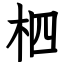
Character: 柶